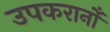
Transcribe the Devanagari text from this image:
उपकरानोँ